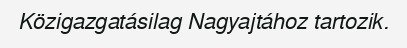
Közigazgatásilag Nagyajtához tartozik.